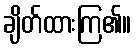
ချိတ်ထားကြ၏။